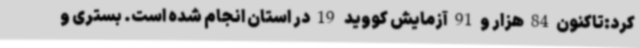
کرد:تاکنون84هزار و91آزمایش کووید 19در استان انجام شده است. بستری و